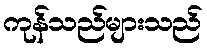
ကုန်သည်များသည်